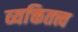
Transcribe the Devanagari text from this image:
व्यक्तितत्त्व